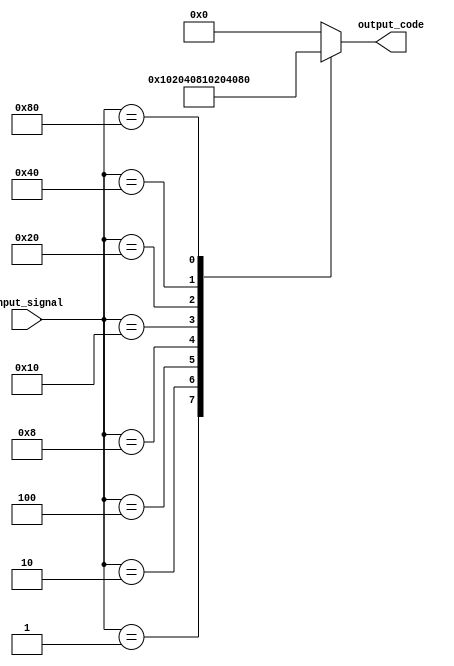
module encoder(
    input wire [7:0] input_signal,
    output reg [7:0] output_code
);

always @(*) begin
    case(input_signal)
        8'b00000001: output_code = 8'b00000001;
        8'b00000010: output_code = 8'b00000010;
        8'b00000100: output_code = 8'b00000100;
        8'b00001000: output_code = 8'b00001000;
        8'b00010000: output_code = 8'b00010000;
        8'b00100000: output_code = 8'b00100000;
        8'b01000000: output_code = 8'b01000000;
        8'b10000000: output_code = 8'b10000000;
        default: output_code = 8'b00000000;
    endcase
end

endmodule